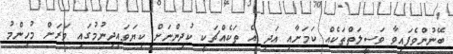
ބޭނުންވެފައިވާ ވަސީލަތްތަކެއް ކަމަށާއި އަދި އެ ތަކެއްޗަކީ ކުދިންނަށް ކިޔަވައިދިނުމުގައި ވަރަށް މުހިންމު